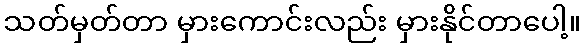
သတ်မှတ်တာ မှားကောင်းလည်း မှားနိုင်တာပေါ့။